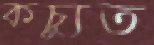
কচ্যুত